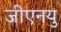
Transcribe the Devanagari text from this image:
जीएनयु